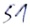
Text: S1